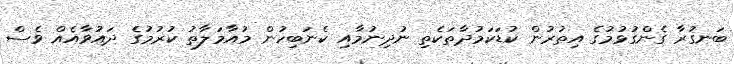
ބަނގުރާ ގެންގުޅުމުގެ އިތުރުން ކުޑަކަމުދާތަކެތި ނުދިނުމާއި ކެނަބިހުން މުއާމަލާތު ކުރުމުގެ ދައުވާއެއް ވެސް